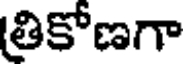
త్రికోణగా